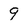
Character: 9